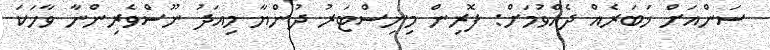
ސަންއަށް ޚަބަރެއް ދެއްވުމަށް: ފޮރިން މިނިސްޓަރު ދުންޔާ މިއަދު ނޫސްވެރިންނާ ވާހަކަ